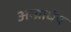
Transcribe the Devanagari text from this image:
अग्न्याधेय